342_HS1-416511228_319.1 Flying Discs 1949
Agency: Department of War
Incident date: 1/9/50
Page 29
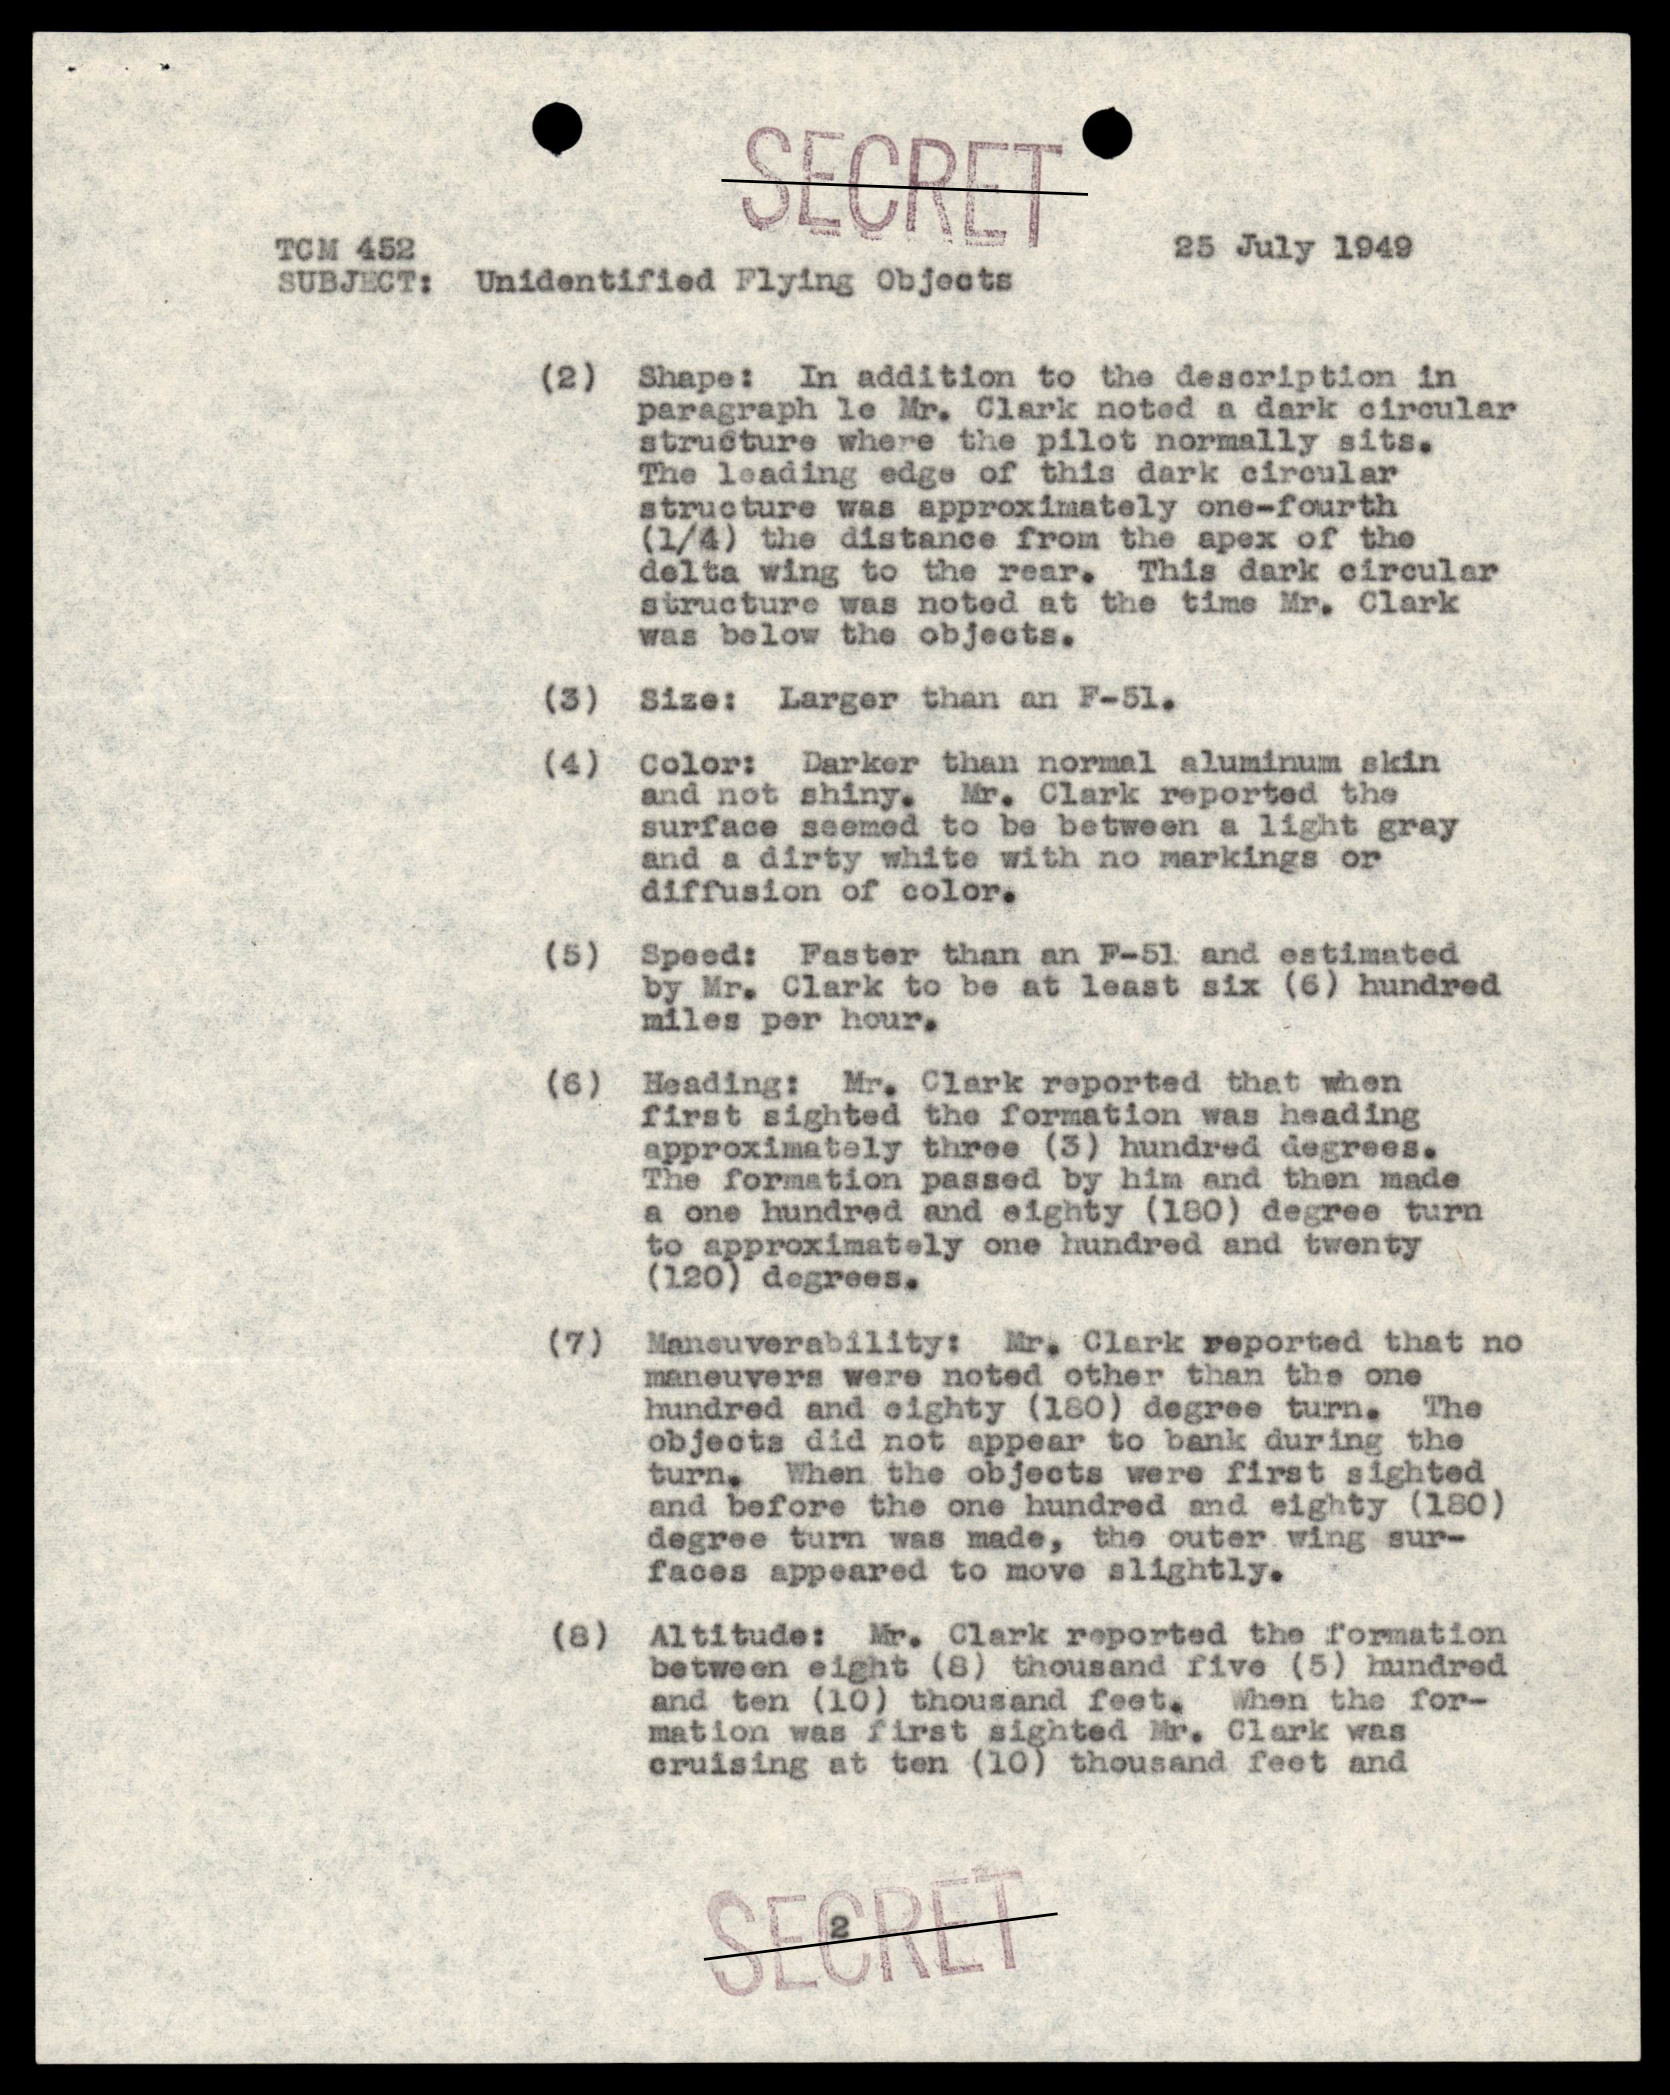